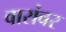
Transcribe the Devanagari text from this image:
वारांवर